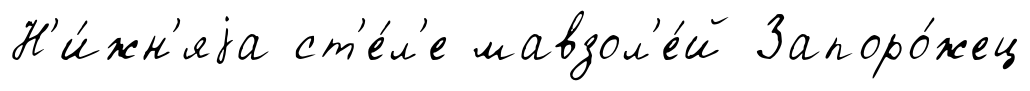
Н'и́жн'яjа ст'е́л'е мавзол'е́й Запоро́жец